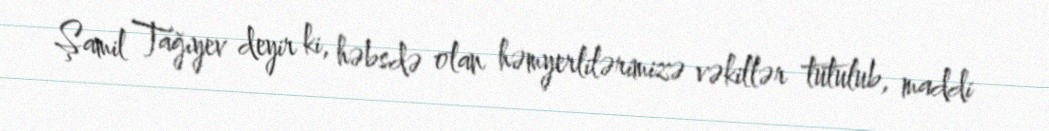
Şamil Tağıyev deyir ki, həbsdə olan həmyerlilərimizə vəkillər tutulub, maddi